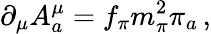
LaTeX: \partial_{\mu}A_{a}^{\mu}=f_{\pi}m_{\pi}^{2}\pi_{a}\, ,